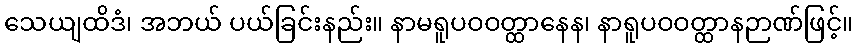
သေယျထိဒံ၊ အဘယ် ပယ်ခြင်းနည်း။ နာမရူပဝဝတ္ထာနေန၊ နာရူပဝဝတ္ထာနဉာဏ်ဖြင့်။